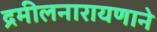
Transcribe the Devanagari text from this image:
द्रमीलनारायणाने